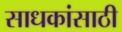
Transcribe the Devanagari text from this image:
साधकांसाठी